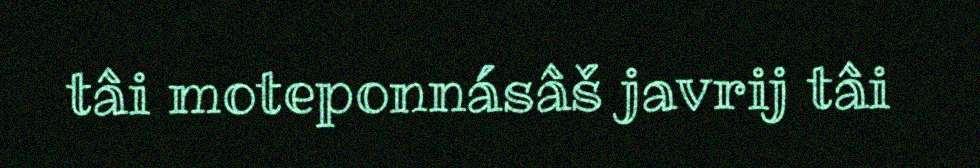
tâi moteponnásâš javrij tâi